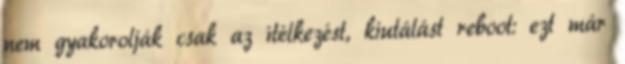
nem gyakorolják csak az ítélkezést, kiutálást reboot: ezt már